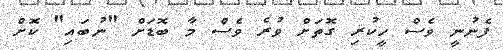
ފެނުނީ ވެސް ހީކުރި ގޮތަށް ވުރެ ވެސް މާ ބޮޑަށް "ނުބައި" ކޮށް